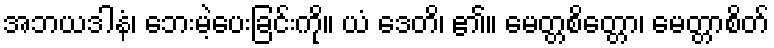
အဘယဒါနံ၊ ဘေးမဲ့ပေးခြင်းကို။ ယံ ဒေတိ၊ ၏။ မေတ္တစိတ္တော၊ မေတ္တာစိတ်